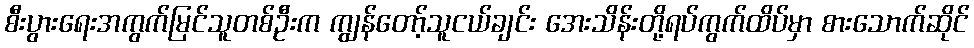
စီးပွားရေးအကွက်မြင်သူတစ်ဦးက ကျွန်တော့်သူငယ်ချင်း အေးသိန်းတို့ရပ်ကွက်ထိပ်မှာ စားသောက်ဆိုင်